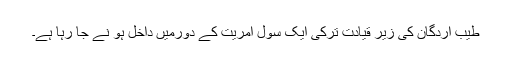
طیب اردگان کی زیر قیادت ترکی ایک سول آمریت کے دورمیں داخل ہو نے جا رہا ہے۔